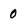
Character: 0